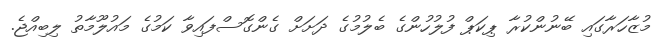
މުޒާހަރާގައި ބޭނުންކުރާ ޕިކަޕް ފުލުހުންގެ ބެލުމުގެ ދަށަށް ގެންގޮސްފައިވާ ކަމުގެ މައުލޫމާތު ލިބިއްޖެ.